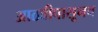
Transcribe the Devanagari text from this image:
आठवीपासूनच